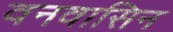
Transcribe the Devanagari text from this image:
वनवासिन